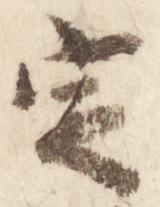
定